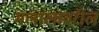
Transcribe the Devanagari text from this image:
मलालावरील